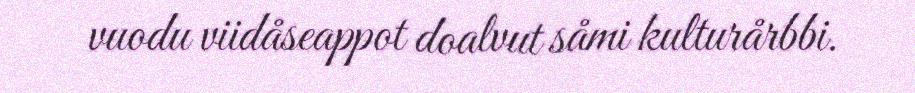
vuodu viidåseappot doalvut såmi kulturårbbi.